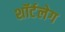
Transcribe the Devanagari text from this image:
शॉर्टलेग